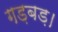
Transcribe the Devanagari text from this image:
गड़बड़।